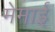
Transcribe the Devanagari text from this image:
मेमाई